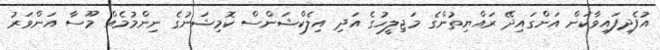
އުފެދިފައިވާކަން އަންގައިދޭ ރައްޔިތުންގެ މަޖިލީހުގެ އަދި އިލެކްޝަންސް ކޮމިޝަނުގެ ނިންމުމެއް މޫސާ އަންވަރު